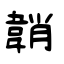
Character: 韒